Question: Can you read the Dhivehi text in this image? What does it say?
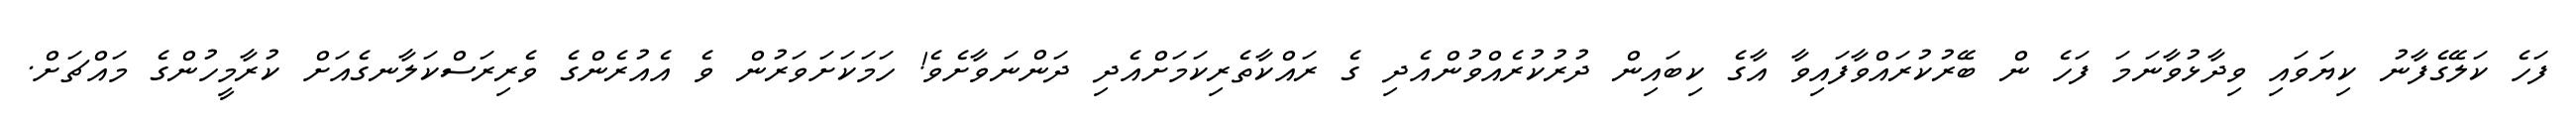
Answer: ފަހެ ކަލޭގެފާނު ކިޔަވައި ވިދާޅުވާނަމަ ފަހެ ން ބޭރުކުރައްވާފައިވާ އާގެ ކިބައިން ދުރުކުރެއްވުންއެދި ގެ ރައްކާތެރިކަމަށްއެދި ދަންނަވާށެވެ! ހަމަކަށަވަރުން ވެ އެއުރެންގެ ވެރިރަސްކަލާނގެއަށް ކުރާމީހުންގެ މައްޗަށް.